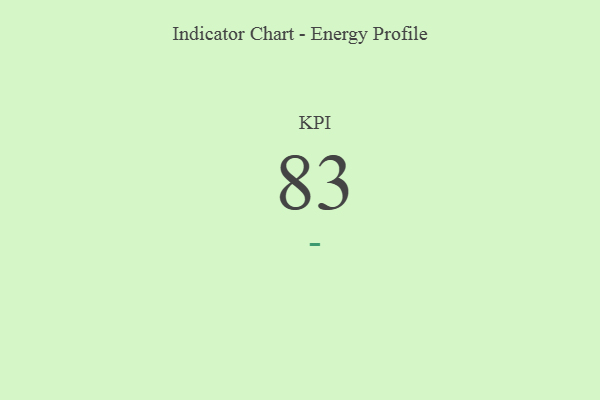
{"axis": {"x": "KPI", "y": "Value"}, "legend": [""], "data": [{"x": "KPI", "y": 83, "type": ""}]}